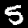
Digit: 5